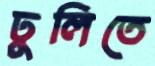
ঢুলিতে